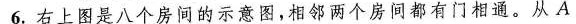
6.右上图是八个房间的示意图，相邻两个房间都有门相通。从A